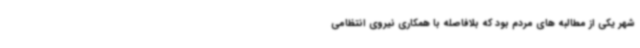
شهر یکی از مطالبه های مردم بود که بلافاصله با همکاری نیروی انتظامی